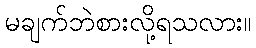
မချက်ဘဲစားလို့ရသလား။